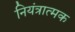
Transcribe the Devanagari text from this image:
नियंत्रात्मक